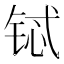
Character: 铽